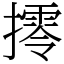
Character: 㩕